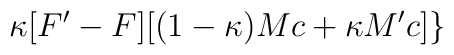
\kappa [F'-F][(1-\kappa )Mc+\kappa M'c]\}